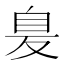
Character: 𦤁